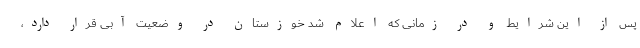
پس از این شرایط و در زمانی که اعلام شد خوزستان در وضعیت آبی قرار دارد،